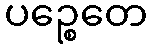
ပဉ္စေတေ